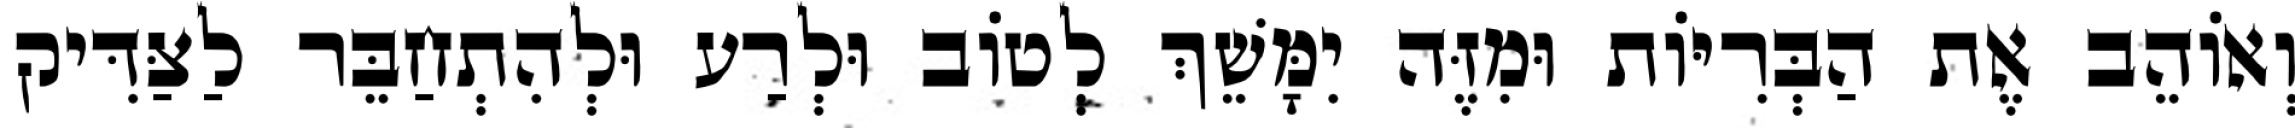
וְאוֹהֵב אֶת הַבְּרִיּוֹת וּמִזֶּה יִמָּשֵׁךְ לְטוֹב וּלְרַע וּלְהִתְחַבֵּר לַצַּדִּיק